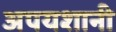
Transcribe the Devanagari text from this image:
अपयशानी